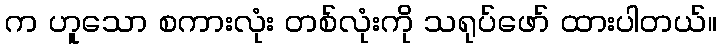
က ဟူသော စကားလုံး တစ်လုံးကို သရုပ်ဖော် ထားပါတယ်။